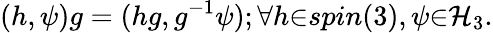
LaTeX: (h,\psi)g=(hg,g^{-1}\psi);{\forall}h{\in}spin(3),\psi{\in}{\cal H}_{3}.